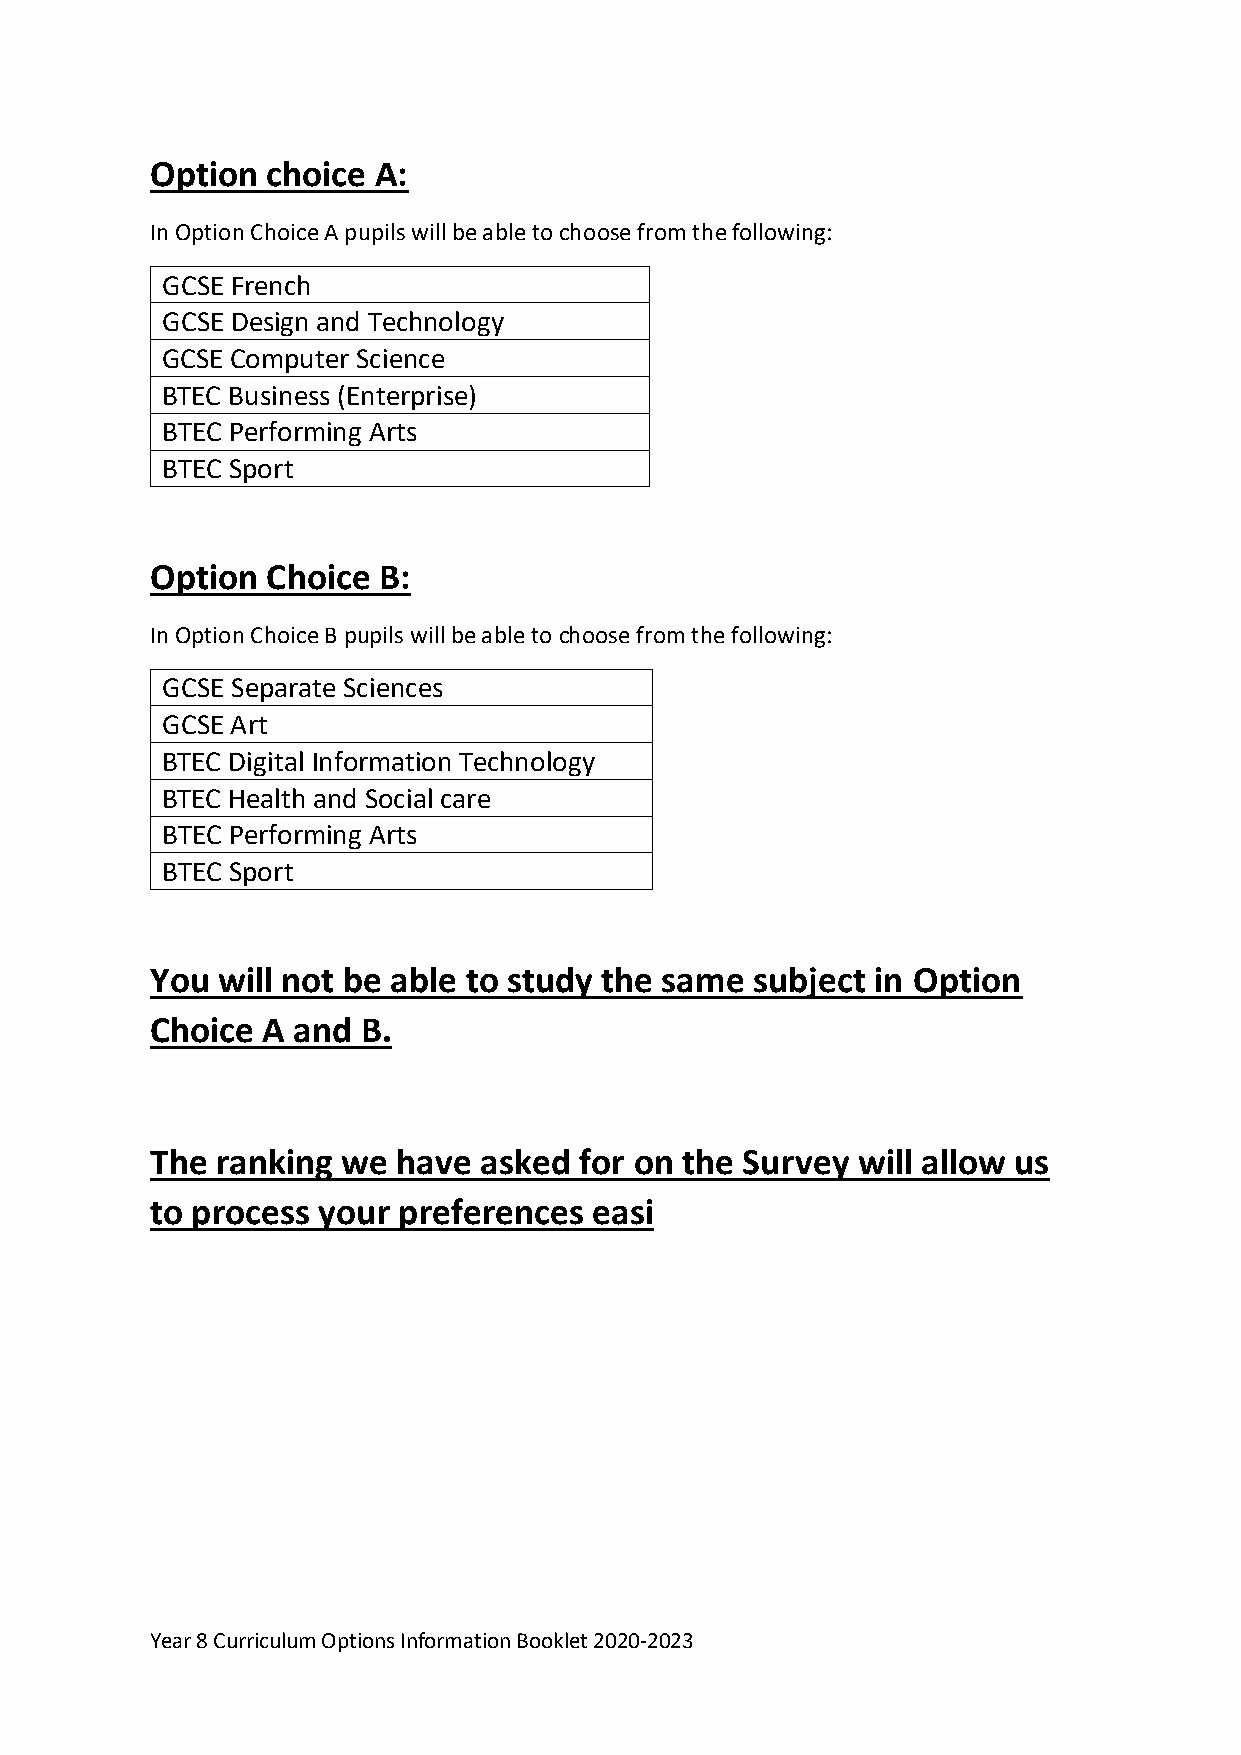
Option  choice A:
 In Option Choice A pupils will be able to choose from the following:
 GCSE French
 GCSE Design and Technology
 GCSE Computer Science
 BTEC Business (Enterprise)
 BTEC Performing Arts
 BTEC Sport
 Option  Choice B:
 In Option Choice B pupils will be able to choose from the following:
 GCSE Separate Sciences
 GCSE Art
 BTEC Digital Information Technology
 BTEC Health and Social care
 BTEC Performing Arts
 BTEC Sport
 You will not be able to study the same  subject in Option
 Choice A and  B.
 The ranking  we have  asked for on the Survey  will allow us
 to process your preferences  easi
 Year 8 Curriculum Options Information Booklet 2020-2023